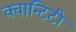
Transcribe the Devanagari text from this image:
क्वान्टिटी